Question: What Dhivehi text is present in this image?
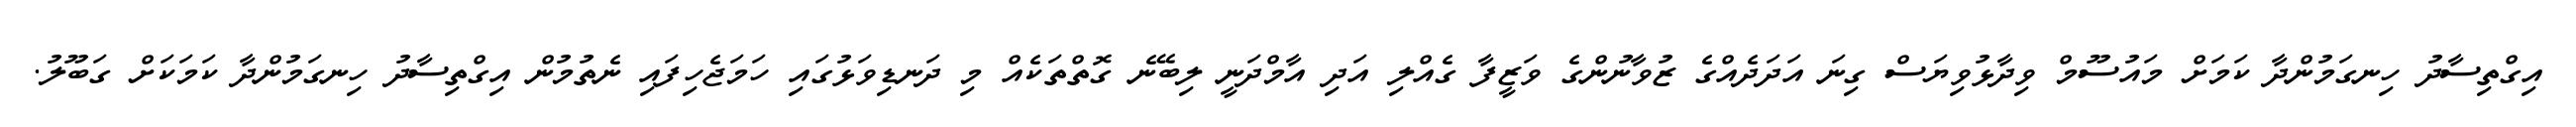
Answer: އިގްތިސާދު ހިނގަމުންދާ ކަމަށް މައުސޫމް ވިދާޅުވިޔަސް ގިނަ އަދަދެއްގެ ޒުވާނުންގެ ވަޒީފާ ގެއްލި އަދި އާމްދަނީ ލިބޭނެ ގޮތްތަކެއް މި ދަނޑިވަޅުގައި ހަމަޖެހިފައި ނެތުމުން އިގްތިސާދު ހިނގަމުންދާ ކަމަކަށް ގަބޫލު.